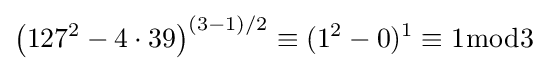
\left(127^{2}-4\cdot 39\right)^{(3-1)/2}\equiv (1^{2}-0)^{1}\equiv 1{\bmod {3}}